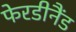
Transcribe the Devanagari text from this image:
फेरडीनैंड